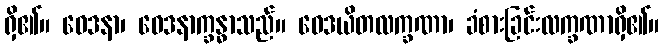
ရှိ၏။ ဝေဒနာ၊ ဝေဒနာက္ခန္ဓာသည်။ ဝေဒယိတလက္ခဏာ၊ ခံစားခြင်းလက္ခဏာရှိ၏။